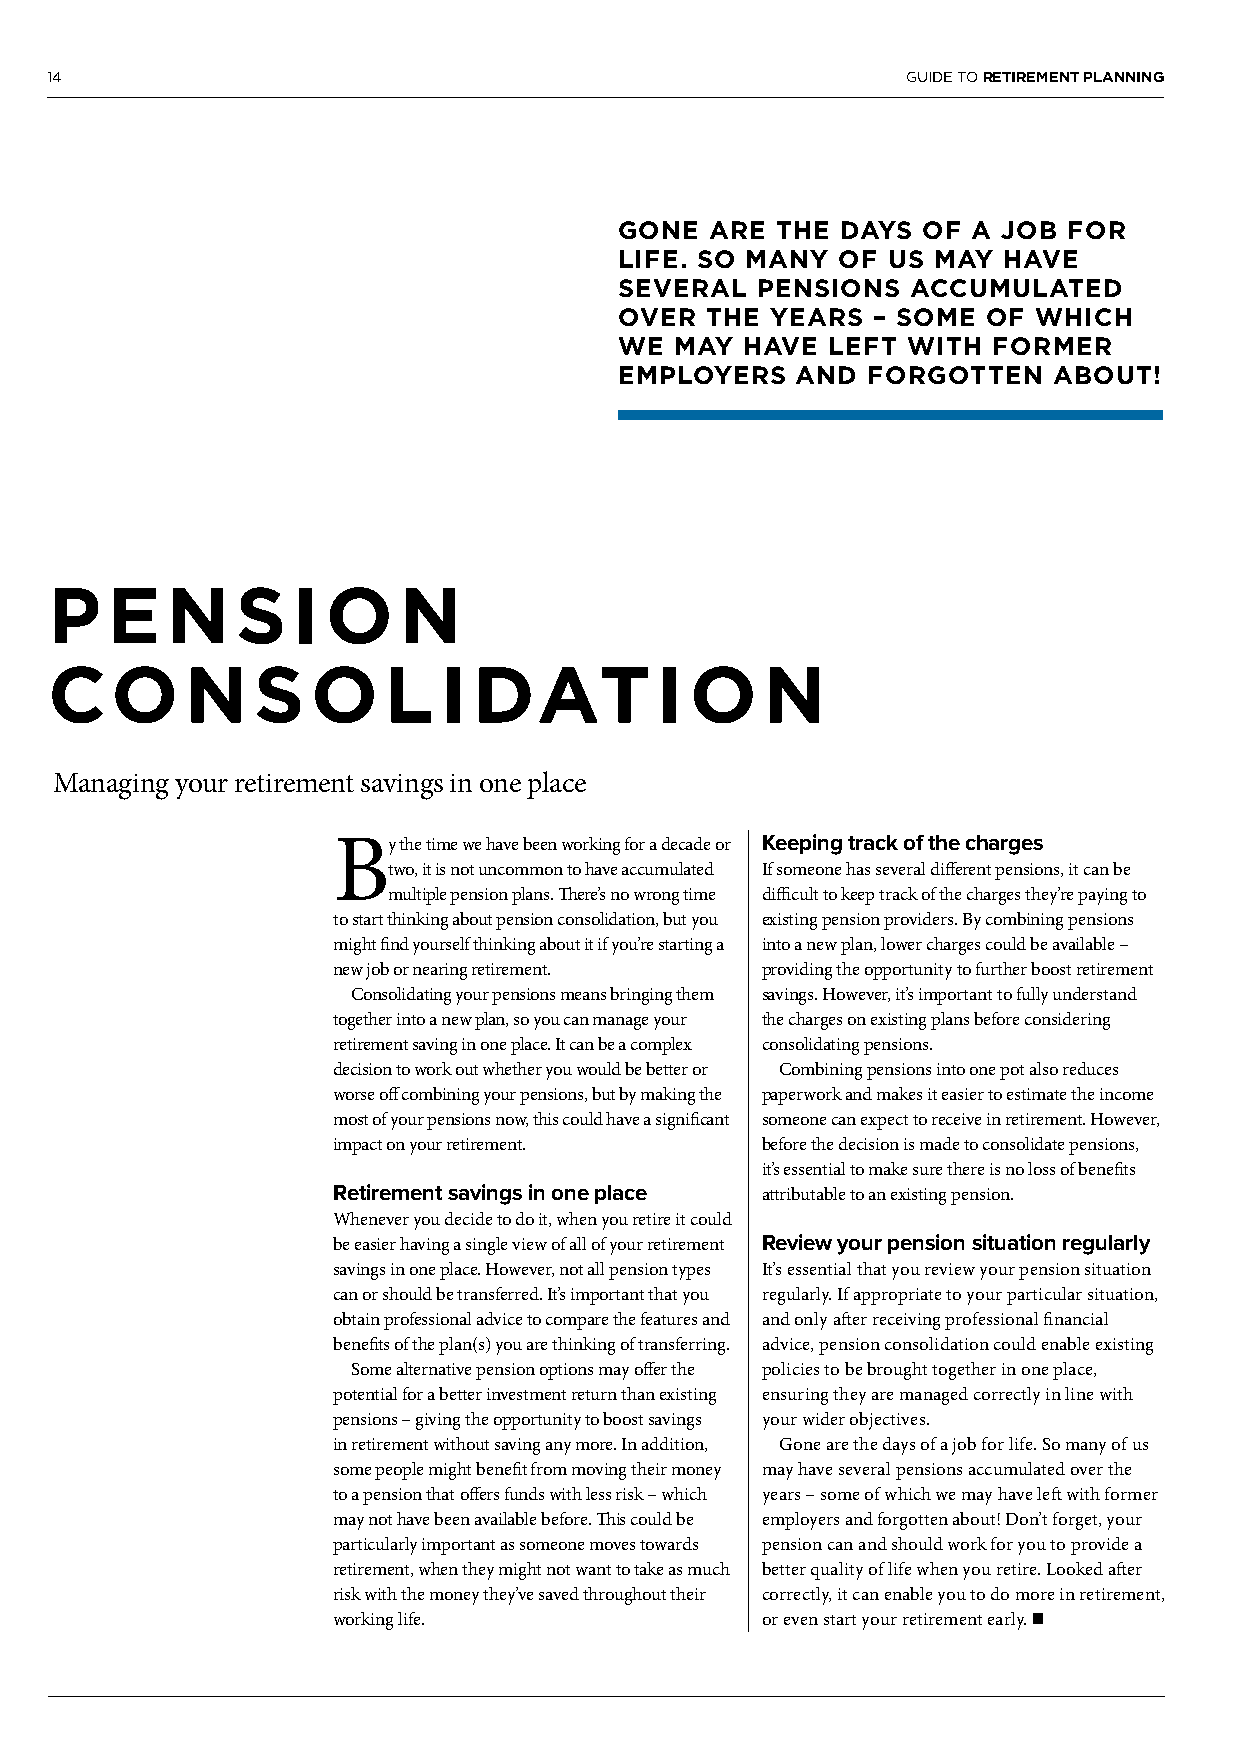
14                                                       GUIDE TO RETIREMENT PLANNING
 GONE  ARE THE  DAYS OF A JOB  FOR
 LIFE. SO MANY  OF US MAY HAVE
 SEVERAL  PENSIONS  ACCUMULATED
 OVER  THE YEARS  – SOME OF  WHICH
 WE  MAY HAVE  LEFT WITH  FORMER
 EMPLOYERS   AND FORGOTTEN    ABOUT!
 P   E   N    S  I  O   N
 CO       N    S   O   L   I DAT         I  O   N
 Managing your retirement savings in one place
 By  the time we have been working for a decade or Keeping track of the charges
 two, it is not uncommon to have accumulated If someone has several different pensions, it can be
 multiple pension plans. There’s no wrong time difficult to keep track of the charges they’re paying to
 to start thinking about pension consolidation, but you existing pension providers. By combining pensions
 might find yourself thinking about it if you’re starting a into a new plan, lower charges could be available –
 new job or nearing retirement. providing the opportunity to further boost retirement
 Consolidating your pensions means bringing them savings. However, it’s important to fully understand
 together into a new plan, so you can manage your the charges on existing plans before considering
 retirement saving in one place. It can be a complex consolidating pensions.
 decision to work out whether you would be better or Combining pensions into one pot also reduces
 worse off combining your pensions, but by making the paperwork and makes it easier to estimate the income
 most of your pensions now, this could have a significant someone can expect to receive in retirement. However,
 impact on your retirement.  before the decision is made to consolidate pensions,
 it’s essential to make sure there is no loss of benefits
 Retirement savings in one place attributable to an existing pension.
 Whenever you decide to do it, when you retire it could
 be easier having a single view of all of your retirement Review your pension situation regularly
 savings in one place. However, not all pension types It’s essential that you review your pension situation
 can or should be transferred. It’s important that you regularly. If appropriate to your particular situation,
 obtain professional advice to compare the features and and only after receiving professional financial
 benefits of the plan(s) you are thinking of transferring. advice, pension consolidation could enable existing
 Some alternative pension options may offer the policies to be brought together in one place,
 potential for a better investment return than existing ensuring they are managed correctly in line with
 pensions – giving the opportunity to boost savings your wider objectives.
 in retirement without saving any more. In addition, Gone are the days of a job for life. So many of us
 some people might benefit from moving their money may have several pensions accumulated over the
 to a pension that offers funds with less risk – which years – some of which we may have left with former
 may not have been available before. This could be employers and forgotten about! Don’t forget, your
 particularly important as someone moves towards pension can and should work for you to provide a
 retirement, when they might not want to take as much better quality of life when you retire. Looked after
 risk with the money they’ve saved throughout their correctly, it can enable you to do more in retirement,
 working life.               or even start your retirement early. n